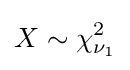
X\sim \chi _{\nu _{1}}^{2}